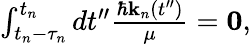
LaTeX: \begin{array}{r}{\int_{t_{n}-\tau_{n}}^{t_{n}}dt^{\prime\prime}\frac{\hbar{\mathbf k}_{n}(t^{\prime\prime})}{\mu}={\mathbf 0},}\end{array}